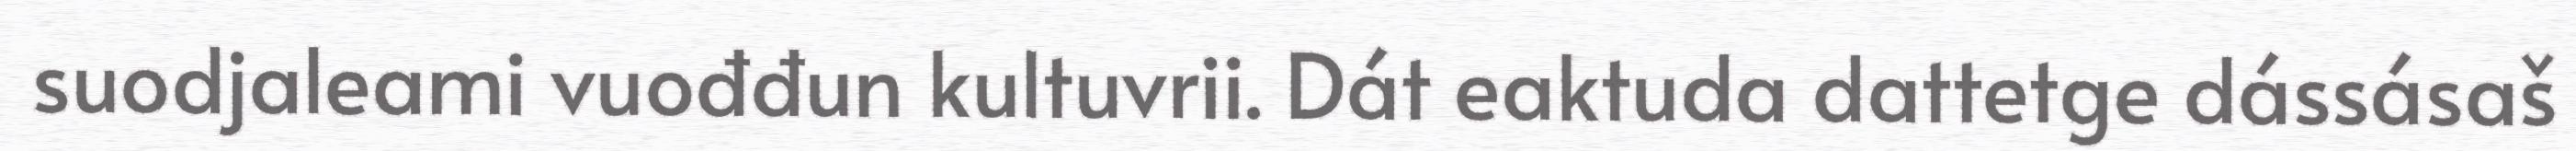
suodjaleami vuođđun kultuvrii. Dát eaktuda dattetge dássásaš